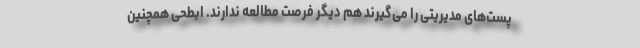
پست‌های مدیریتی را می‌گیرند هم دیگر فرصت مطالعه ندارند. ابطحی همچنین